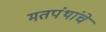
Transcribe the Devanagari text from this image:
मतपंथांचे